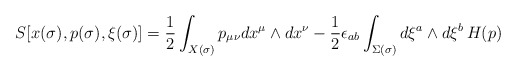
\begin{align*}S[x(\sigma),p(\sigma), \xi(\sigma)]={1\over 2}\int_{X(\sigma)}p_{\mu\nu}dx^\mu\wedge dx^\nu- {1\over 2}\epsilon_{ab}\int_{\Sigma(\sigma)}d\xi^a \wedge d\xi^b\, H(p)\end{align*}